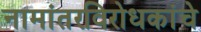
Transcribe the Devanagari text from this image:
नामांतरविरोधकांचे